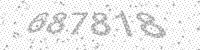
Solution: 687818